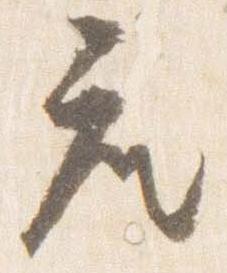
座